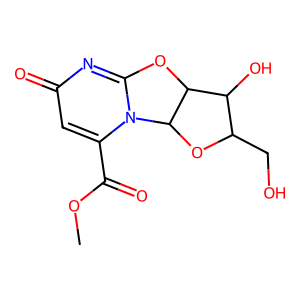
SMILES: COC(=O)c1cc(=O)nc2n1C1OC(CO)C(O)C1O2
Inhibits HIV replication: No